Riigikantselei, lk 163
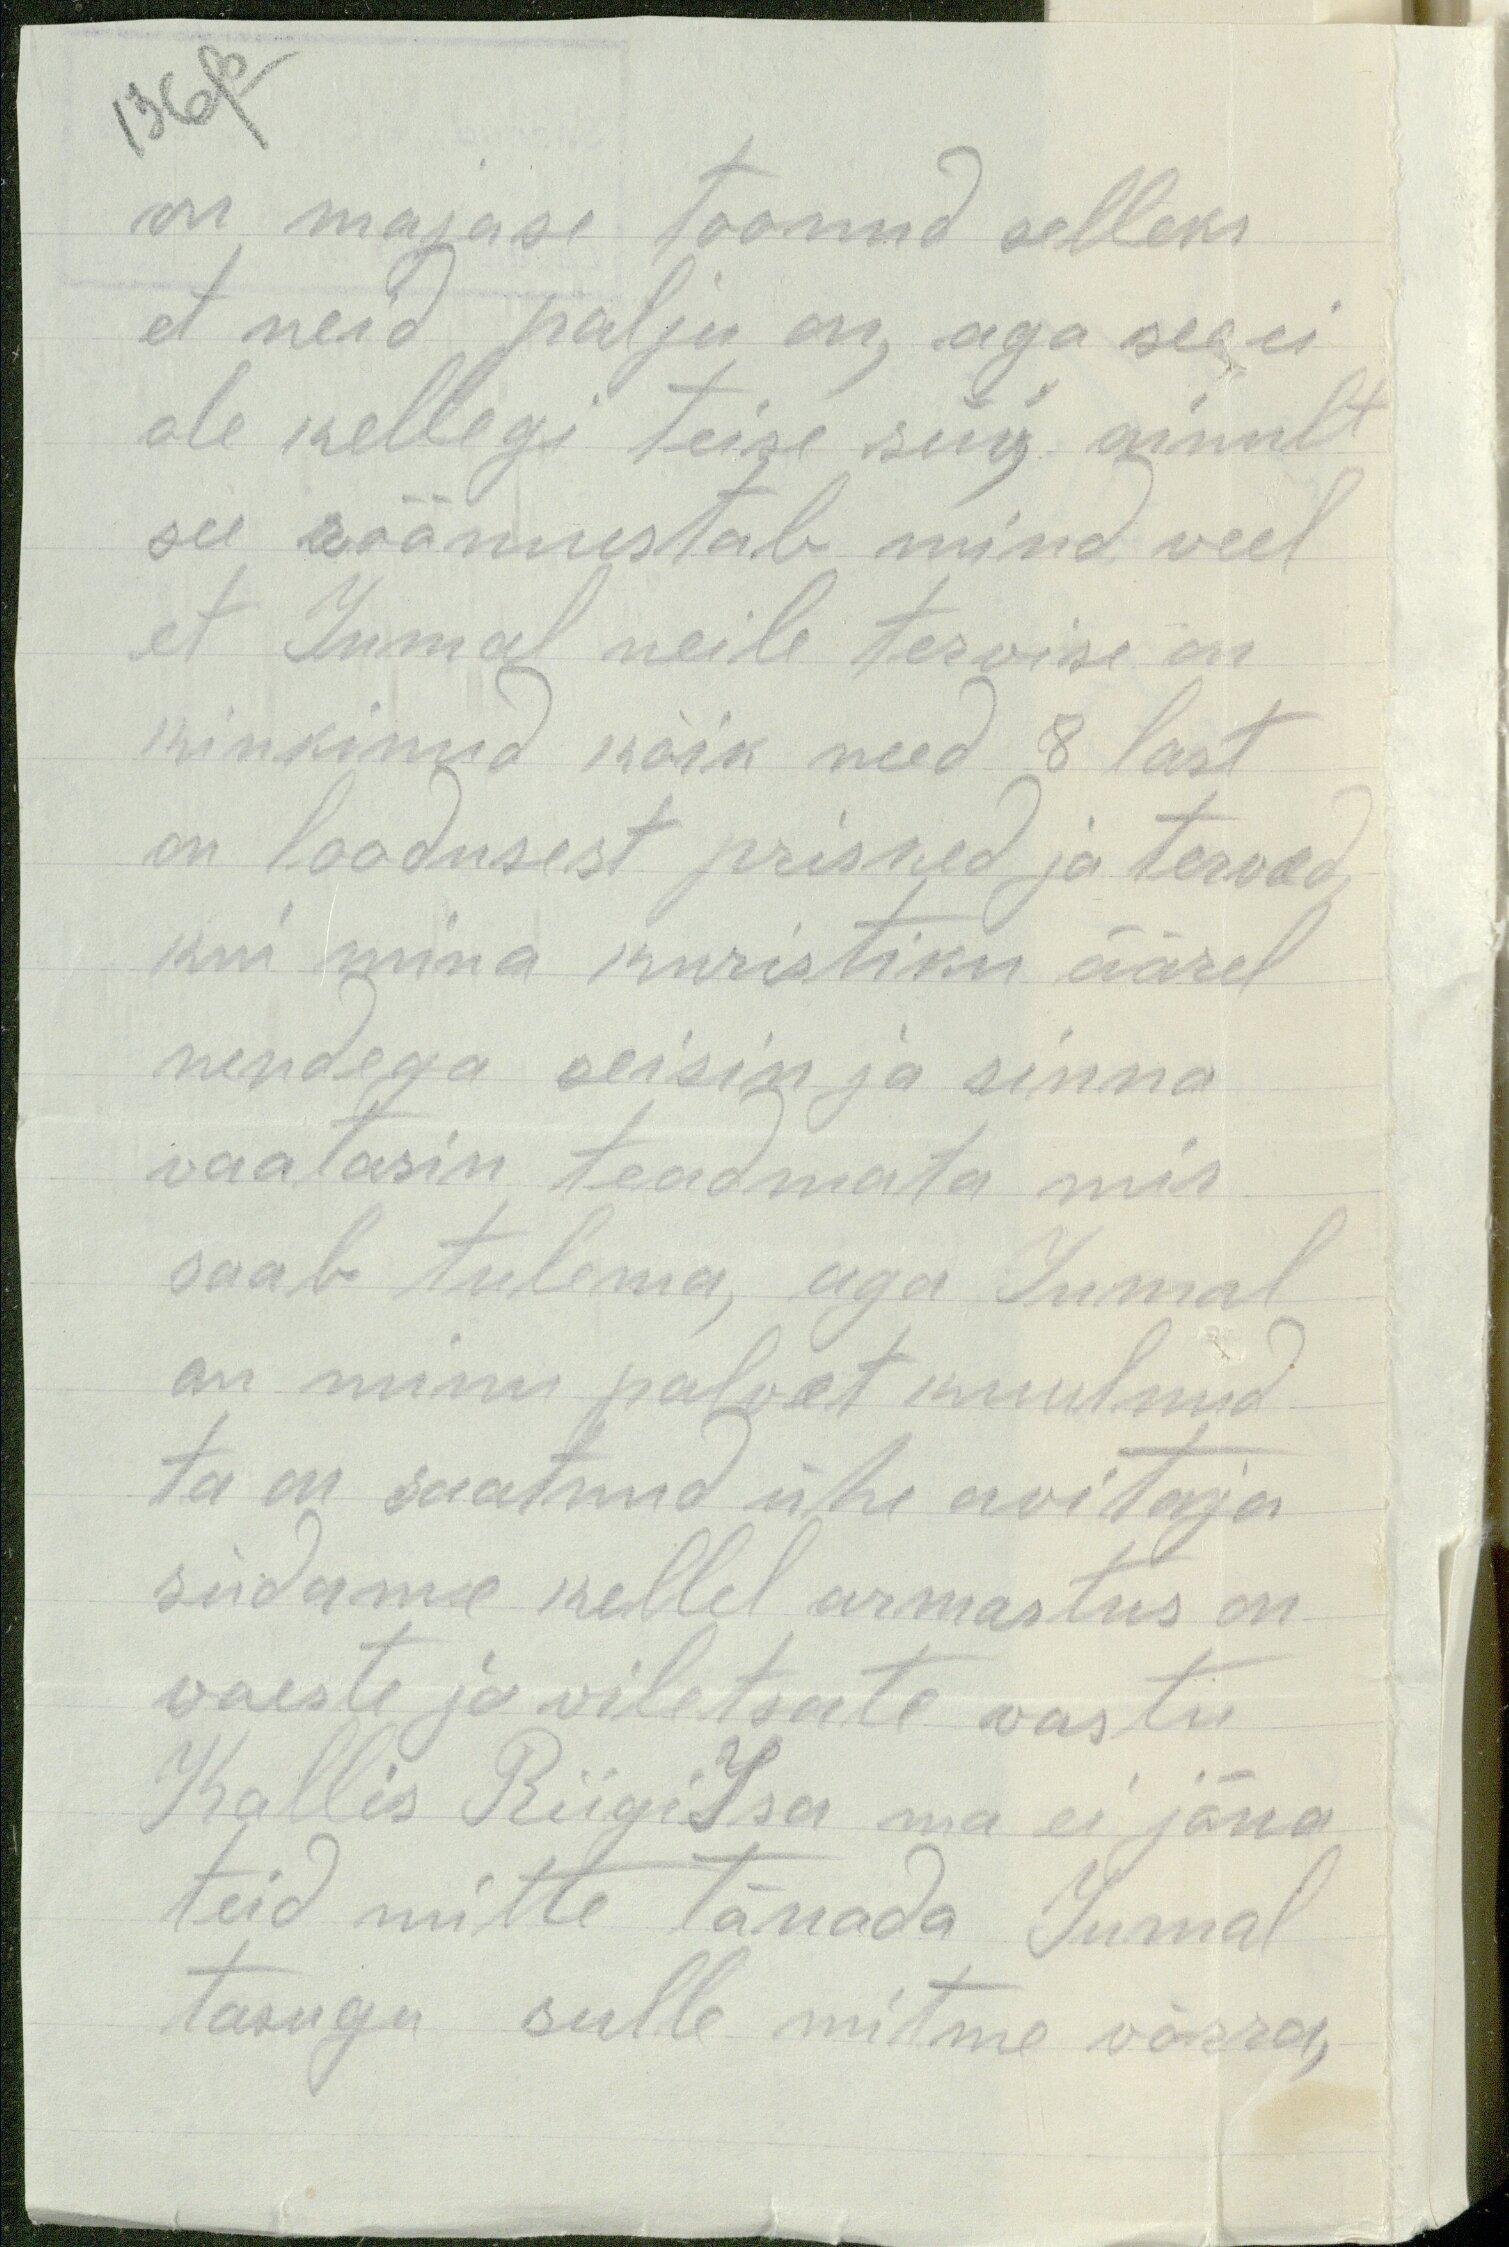
136 p
on majase toonud selleks
et neid palju on, aga see ei
ole kellegi teise süü, ainult
see rõõmustab mind veel
et Jumal meile tervise on
kinkinud kõik need 8 last
on loodusest prisked ja terved,
kui mina kuristiku äärel
nendega seisin ja sinna
vaatasin teadmata mis
saab tulema, aga Jumal
on minu palvet kuulnud
ta on saatnud ühe avitaja
südame kellel armastus on
vaeste ja viletsute vastu
Kallis Riigi Isa ma ei jõua
teid mitte tänada Jumal
tasugu sulle mitme võrra,